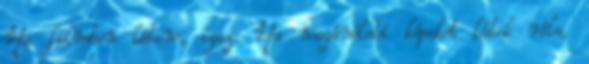
Ha filmben látom, igaz. Ha magánéleti képeket látok róla,